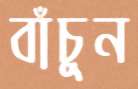
বাঁচুন